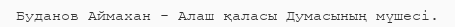
Буданов Аймахан - Алаш қаласы Думасының мүшесі.